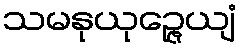
သမနုယုဉ္ဇေယျံ